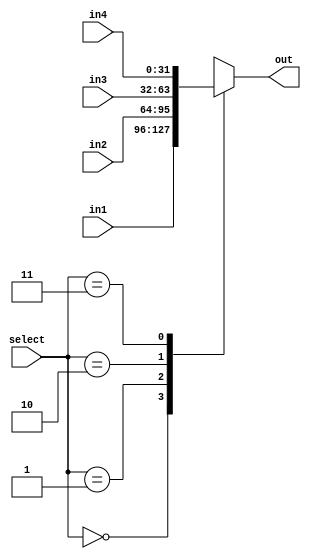

module mux_4x1
#(parameter DATA_WIDTH = 32)(
  input [1:0] select,
  input [DATA_WIDTH-1:0] in1,
  input [DATA_WIDTH-1:0] in2,
  input [DATA_WIDTH-1:0] in3,
  input [DATA_WIDTH-1:0] in4,
  
  output reg [DATA_WIDTH-1:0] out
);

// combinational logic
always @ (*) begin
  case(select)
    2'b00: out = in1;
    2'b01: out = in2;
    2'b10: out = in3;
    2'b11: out = in4;
    default: out = 32'h0000_0000; // should never fall here
  endcase
end

endmodule